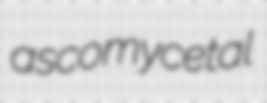
ascomycetal